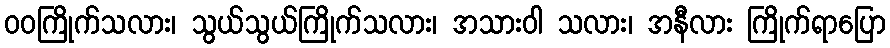
ဝဝကြိုက်သလား၊ သွယ်သွယ်ကြိုက်သလား၊ အသားဝါ သလား၊ အနီလား ကြိုက်ရာပြော